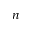
\boldsymbol { n }